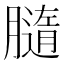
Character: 膸